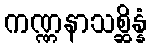
ကဏ္ဏနာသစ္ဆိန္နံ